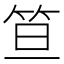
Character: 笪